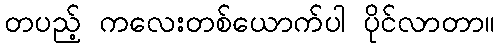
တပည့် ကလေးတစ်ယောက်ပါ ပိုင်လာတာ။